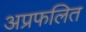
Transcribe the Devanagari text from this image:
अप्रफलित